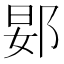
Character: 𬪀